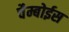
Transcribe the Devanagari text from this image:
चैम्बोईस